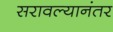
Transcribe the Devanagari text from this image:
सरावल्यानंतर